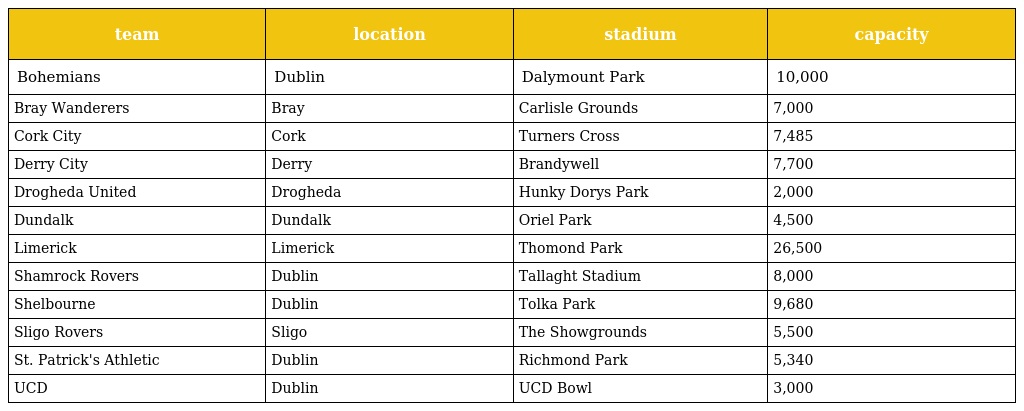
| team | location | stadium | capacity |
 | --- | --- | --- | --- |
 | Bohemians | Dublin | Dalymount Park | 10,000 |
 | Bray Wanderers | Bray | Carlisle Grounds | 7,000 |
 | Cork City | Cork | Turners Cross | 7,485 |
 | Derry City | Derry | Brandywell | 7,700 |
 | Drogheda United | Drogheda | Hunky Dorys Park | 2,000 |
 | Dundalk | Dundalk | Oriel Park | 4,500 |
 | Limerick | Limerick | Thomond Park | 26,500 |
 | Shamrock Rovers | Dublin | Tallaght Stadium | 8,000 |
 | Shelbourne | Dublin | Tolka Park | 9,680 |
 | Sligo Rovers | Sligo | The Showgrounds | 5,500 |
 | St. Patrick's Athletic | Dublin | Richmond Park | 5,340 |
 | UCD | Dublin | UCD Bowl | 3,000 |